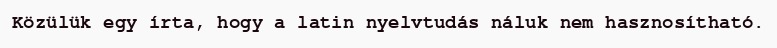
Közülük egy írta, hogy a latin nyelvtudás náluk nem hasznosítható.